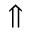
\Uparrow